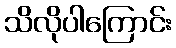
သိလိုပါကြောင်း